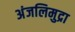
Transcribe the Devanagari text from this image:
अंजलिमुद्रा